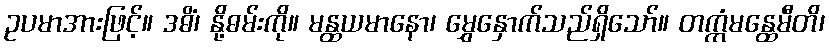
ဥပမာအားဖြင့်။ ဒဓိံ၊ နို့ဓမ်းကို။ မန္ထယမာနော၊ မွှေနှောက်သည်ရှိသော်။ တက္ကံမန္ထေမီတိ၊